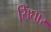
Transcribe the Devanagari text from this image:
सिंघार